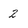
Character: 2